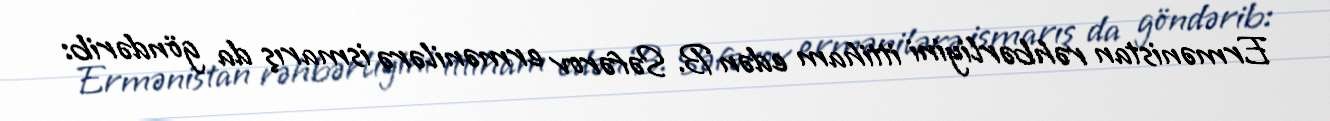
Ermənistan rəhbərliyini ittiham edən B. Səfərov ermənilərə ismarış da göndərib: